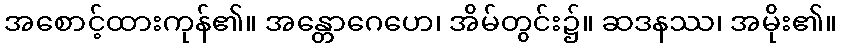
အစောင့်ထားကုန်၏။ အန္တောဂေဟေ၊ အိမ်တွင်း၌။ ဆဒနဿ၊ အမိုး၏။